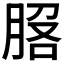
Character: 𦛵